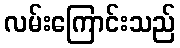
လမ်းကြောင်းသည်